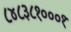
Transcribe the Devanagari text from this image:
८४८३८१०००१